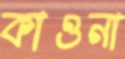
কাওনা